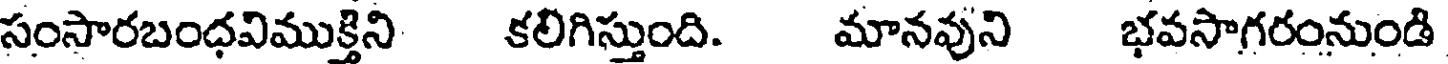
సంసారబంధవిముక్తిని కలిగిస్తుంది. మానవుని భవసాగరంనుండి